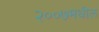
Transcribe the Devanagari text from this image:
२००७मधील